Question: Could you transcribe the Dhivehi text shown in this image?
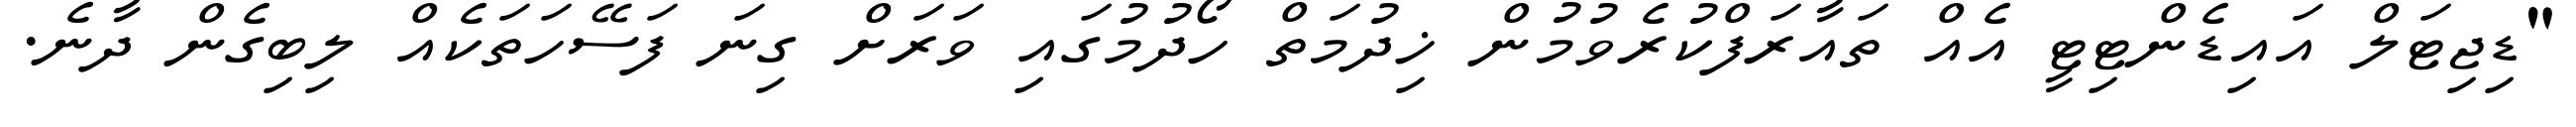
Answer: "ޑިޖިޓަލް އައިޑެންޓިޓީ އެއް ތައާރަފްކުރެވުމުން ޚިދުމަތް ހޯދުމުގައި ވަރަށް ގިނަ ފަސޭހަތަކެއް ލިބިގެން ދާނެ.